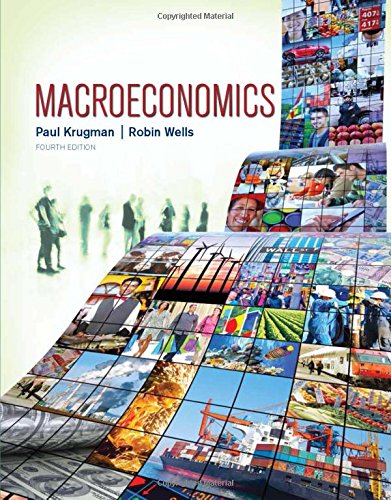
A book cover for Macroeconomics; Paul Krugman; Business & Money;